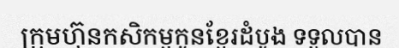
ក្រុមហ៊ុនកសិកម្មកូនខ្មែរដំបូង ទទួលបាន